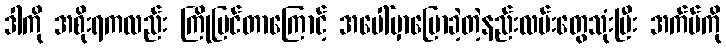
ဒါကို အစိုးရကလည်း ကြိုမြင်တာကြောင့် အပေါ်မှာပြောခဲ့တဲ့နည်းလမ်းတွေသုံးပြီး အက်ပ်ကို